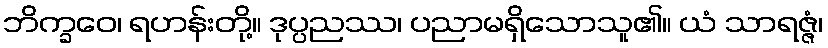
ဘိက္ခဝေ၊ ရဟန်းတို့။ ဒုပ္ပညဿ၊ ပညာမရှိသောသူ၏။ ယံ သာရဇ္ဇံ၊